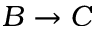
B \rightarrow C